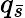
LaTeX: q_{\bar{s}}